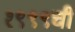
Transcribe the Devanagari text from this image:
१९९९ची